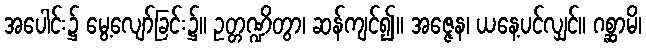
အပေါင်း၌ မွေ့လျော်ခြင်း၌။ ဥတ္တဏ္ဍိတွာ၊ ဆန်ကျင်၍။ အဇ္ဇေန၊ ယနေ့ပင်လျှင်။ ဂစ္ဆာမိ၊